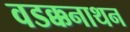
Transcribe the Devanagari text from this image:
वडक्कनाथन